Vaccination in Bombay 1889-1901 - 1889-1901
Year: 1889
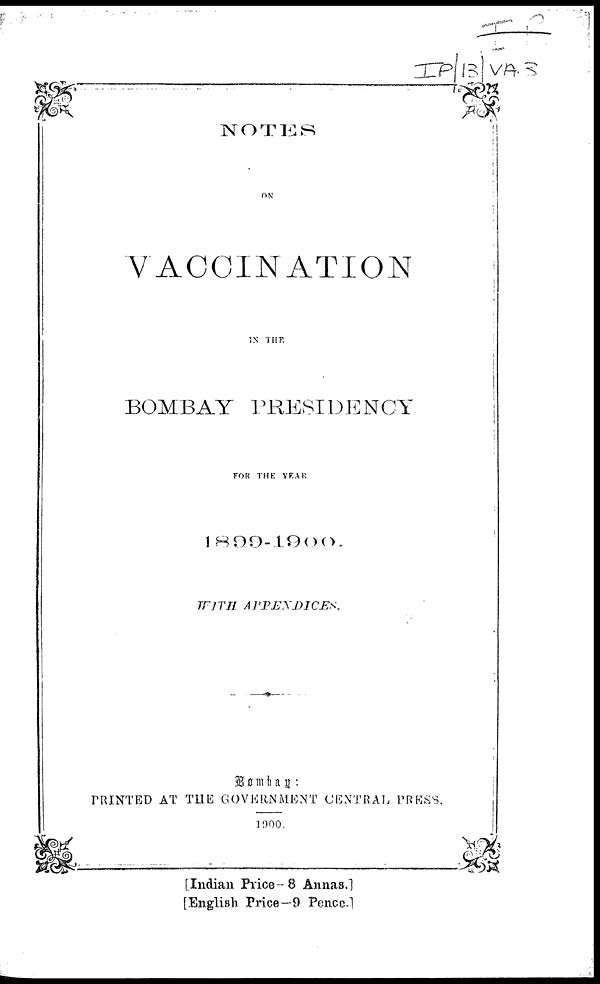
NOTES
ON
VACCINATION
IN THE
BOMBAY PRESIDENCY
FOR THE YEAR
1899-1900.
WITH APPENDICES.
Bombay :
PRINTED AT THE GOVERNMENT CENTRAL PRESS.
1900.
[Indian Price— 8 Annas.]
[English Price— 9 Pence.]